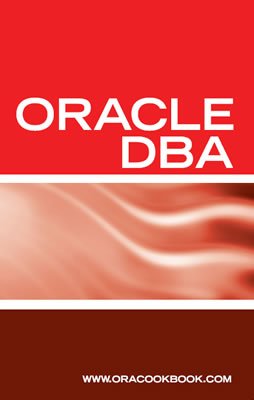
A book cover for Oracle DBA Interview Questions, Answers, and Explanations: Oracle Database Administrator Certification Review; Computers & Technology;